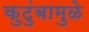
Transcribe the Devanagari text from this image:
कुटुंबामुळे